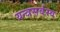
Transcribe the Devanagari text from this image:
यन्त्रसर्वस्व